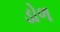
ડોળ